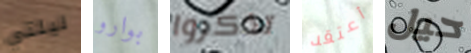
ليلتي بوارو تذكروا أعتقد حيل